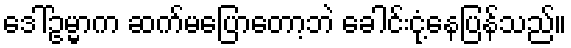
ဒေါ်ဥမ္မာက ဆက်မပြောတော့ဘဲ ခေါင်းငုံ့နေပြန်သည်။